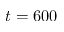
t = 6 0 0